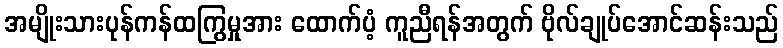
အမျိုးသားပုန်ကန်ထကြွမှုအား ထောက်ပံ့ ကူညီရန်အတွက် ဗိုလ်ချုပ်အောင်ဆန်းသည်